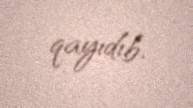
qayıdıb.